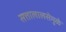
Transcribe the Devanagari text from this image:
सत्तालालसेमुळे